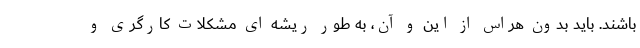
باشند. باید بدون هراس از این و آن، به طور ریشه ای مشکلات کارگری و